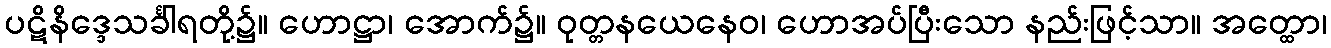
ပဋိနိဒ္ဒေသင်္ခါရတို့၌။ ဟောဋ္ဌာ၊ အောက်၌။ ဝုတ္တနယေနေဝ၊ ဟောအပ်ပြီးသော နည်းဖြင့်သာ။ အတ္ထော၊